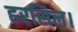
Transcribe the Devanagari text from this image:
हरसिल।